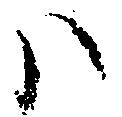
ハ